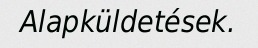
Alapküldetések.